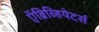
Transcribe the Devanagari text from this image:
ऍब्रिव्हियेटर्स